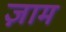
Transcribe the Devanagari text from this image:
ज़ाम